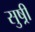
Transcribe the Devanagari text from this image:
सुष्री